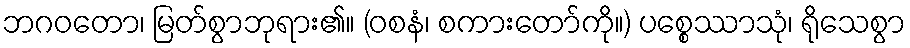
ဘဂဝတော၊ မြတ်စွာဘုရား၏။ (ဝစနံ၊ စကားတော်ကို။) ပစ္စေဿာသုံ၊ ရိုသေစွာ